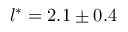
l ^ { * } = 2 . 1 \pm 0 . 4